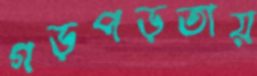
গড়পড়তায়